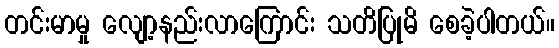
တင်းမာမှု လျော့နည်းလာကြောင်း သတိပြုမိ စေခဲ့ပါတယ်။